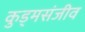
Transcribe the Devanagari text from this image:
कुड्मसंजीव